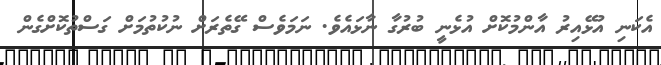
އެކަނި އުޅޭއިރު އާންމުކޮށް އުޅެނީ ބުރުގާ ނާޅައެވެ. ނަމަވެސް ގޭތެރަށް ނުކުތުމަށް ގަސްތުކޮށްގެން